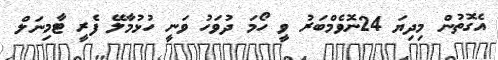
އެގޮތުން މިދިޔަ 24ނޮވެމްބަރު ވީ ހޯމަ ދުވަހު ވަނީ ހުޅުމާލޭ ފެރީ ޓާމިނަލް